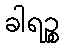
ခါရဉ္စ